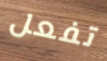
تفعل